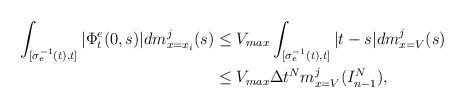
LaTeX: \begin{align*}\int_{[\sigma^{-1}_e(t),t]}|\Phi^e_{t}(0,s)|dm_{x=x_i}^j(s) &\leq V_{max}\int_{[\sigma^{-1}_e(t),t]}|t-s|dm_{x=V}^j(s) \\&\leq V_{max}\Delta t^N m_{x=V}^j( I_{n-1}^N),\end{align*}